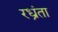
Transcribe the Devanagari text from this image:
रध्रंता